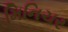
મિનિચર